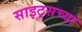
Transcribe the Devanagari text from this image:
साइट्‌सच्या